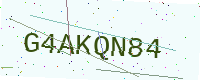
Text: G4AKQN84